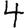
Digit: 4